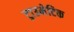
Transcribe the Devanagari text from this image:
ट्राउमेटिक